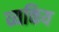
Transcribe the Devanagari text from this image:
व्यक्तिय